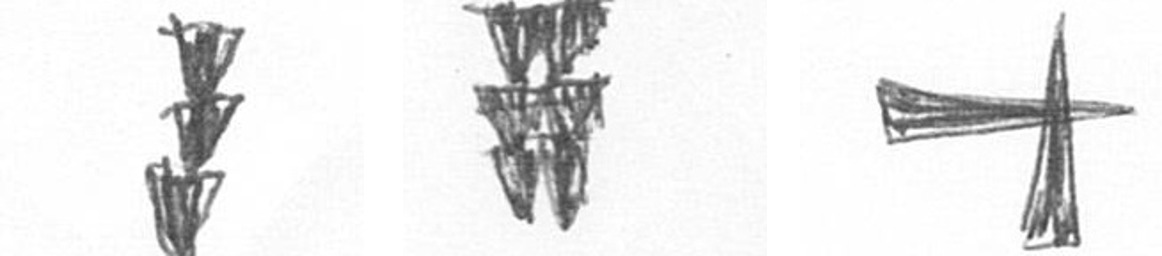
E Y G